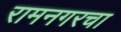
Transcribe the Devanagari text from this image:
रामनगरचा